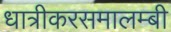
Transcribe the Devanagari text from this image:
धात्रीकरसमालम्बी